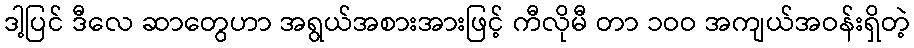
ဒါ့ပြင် ဒီလေ ဆာတွေဟာ အရွယ်အစားအားဖြင့် ကီလိုမီ တာ ၁ဝဝ အကျယ်အဝန်းရှိတဲ့